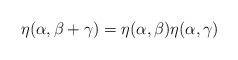
LaTeX: \begin{align*}\eta(\alpha,\beta+\gamma)=\eta(\alpha, \beta)\eta(\alpha,\gamma)\end{align*}